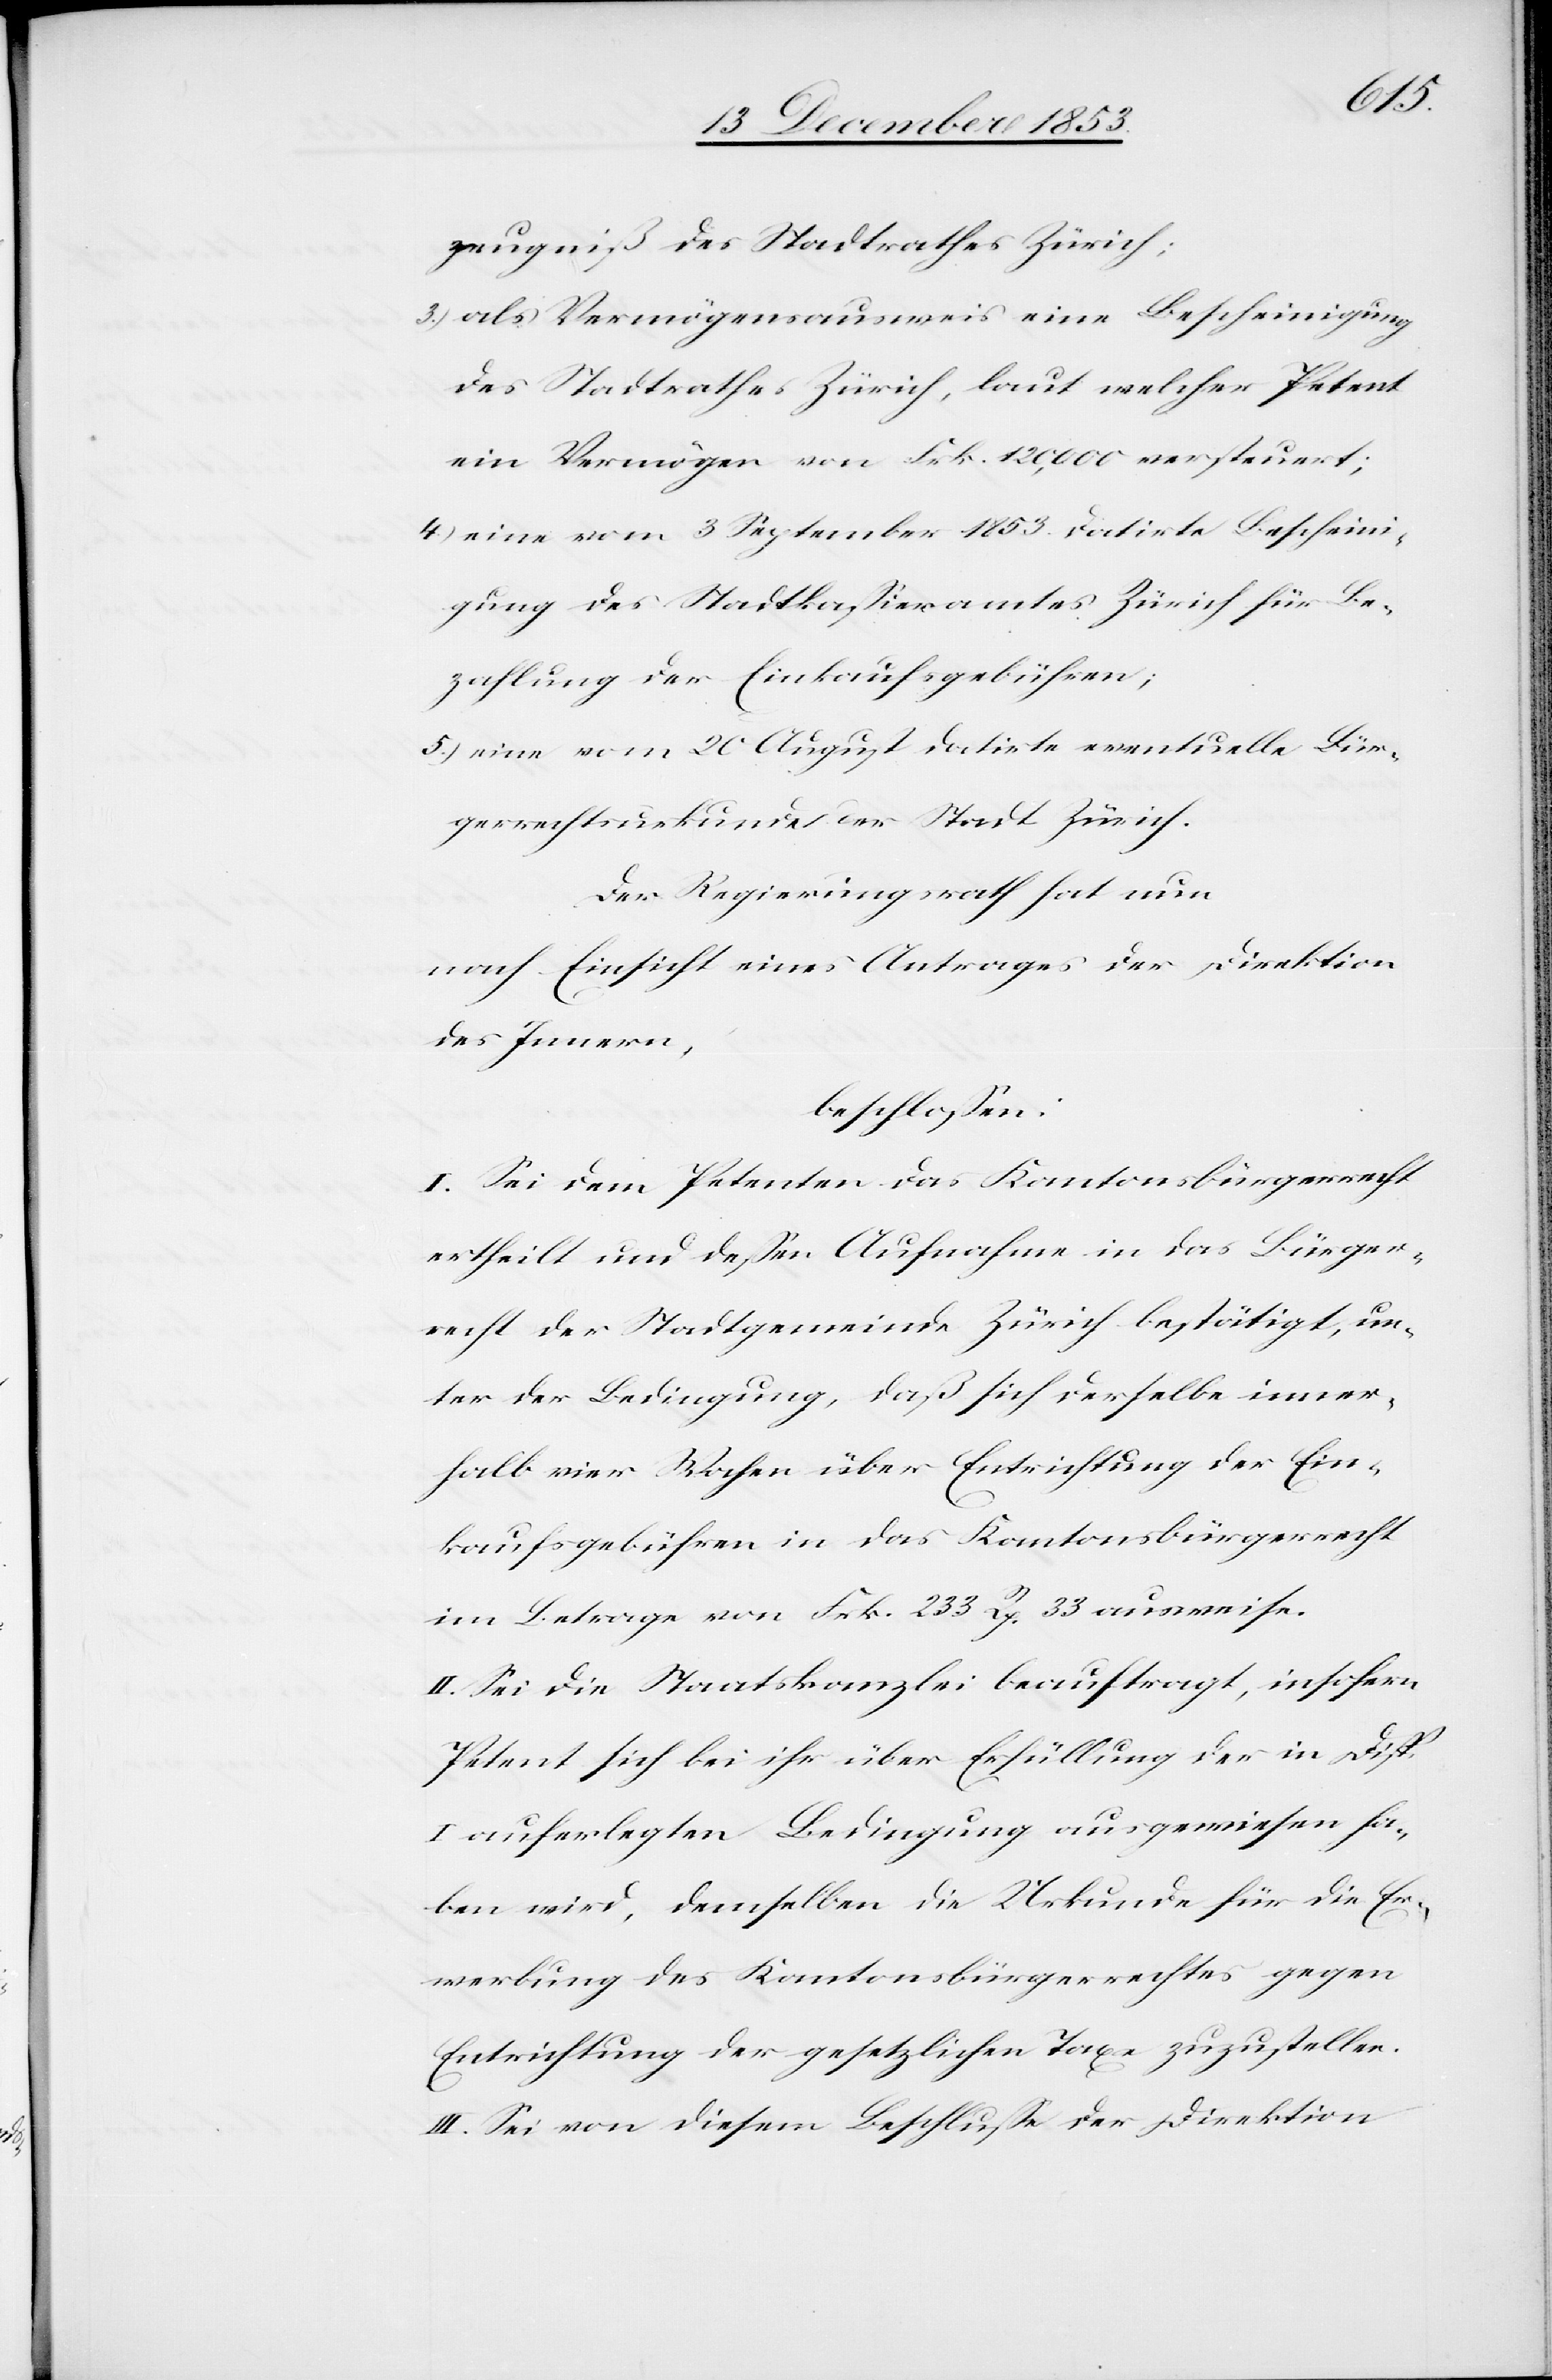
zeugniß der Stadtrathes Zürich;
3) als Vermögensausweis eine Bescheinigung
des Stadtrathes Zürich, laut welcher Petent
ein Vermögen von Frk. 120,000 versteuert;
4) eine vom 3 September 1853 datirte Bescheini¬
gung des Stadtkaßieramtes Zürich für Be¬
zahlung der Einkaufsgebühren;
5.) eine vom 20 August datirte eventuelle Bür¬
gerrechtsurkunde der Stadt Zürich.
Der Regierungsrath hat nun
nach Einsicht eines Antrages der Direktion
des Innern,
beschloßen:
I. Sei dem Petenten das Kantonsbürgerrecht
ertheilt und deßen Aufnahme in das Bürger¬
recht der Stadtgemeinde Zürich bestätigt, un¬
ter der Bedingung, daß sich derselbe inner¬
halb vier Wochen über Entrichtung der Ein¬
kaufsgebühren in das Kantonsbürgerrecht
im Betrage von Frk. 233 Rp. 33 ausweise.
II. Sei die Staatskanzlei beauftragt, insofern
Petent sich bei ihr über Erfüllung der in Disp.
I auferlegten Bedingung ausgewiesen ha¬
ben wird, demselben die Urkunde für die Er¬
werbung des Kantonsbürgerrechtes gegen
Entrichtung der gesetzlichen Taxe zuzustellen.
III. Sei von diesem Beschluße der Direktion